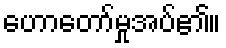
ဟောတော်မှုအပ်၏။